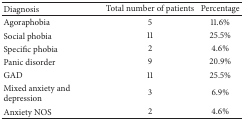
<table><thead><tr><td><b>Diagnosis</b></td><td><b>Total number of patients</b></td><td><b>Percentage</b></td></tr></thead><tbody><tr><td>Agoraphobia</td><td>5</td><td>11.6%</td></tr><tr><td>Social phobia</td><td>11</td><td>25.5%</td></tr><tr><td>Specific phobia</td><td>2</td><td>4.6%</td></tr><tr><td>Panic disorder</td><td>9</td><td>20.9%</td></tr><tr><td>GAD</td><td>11</td><td>25.5%</td></tr><tr><td>Mixed anxiety and depression</td><td>3</td><td>6.9%</td></tr><tr><td>Anxiety NOS</td><td>2</td><td>4.6%</td></tr></tbody></table>